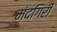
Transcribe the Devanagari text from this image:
मंदगिरी